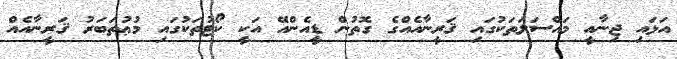
އަޅައި ޖިނާއީ މައްސަލަތަކުގައި ޤަރީނާއެއްގެ ގޮތުން ޑީއެންއޭ އަކީ ކޯޓުތަކުގައި މުޢުތަބަރު ޤަރީނާއެއް